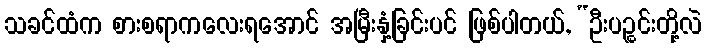
သခင်ထံက စားစရာကလေးရအောင် အမြီးနှံ့ခြင်းပင် ဖြစ်ပါတယ်, “ဦးပဉ္စင်းတို့လဲ